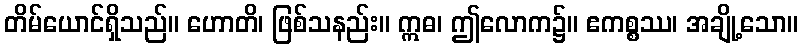
တိမ်ယောင်ရှိသည်။ ဟောတိ၊ ဖြစ်သနည်း။ ဣဓ၊ ဤလောက၌။ ဧကစ္စဿ၊ အချို့သော။